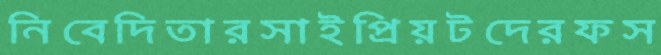
নিবেদিতারসাইপ্রিয়টদেরফস